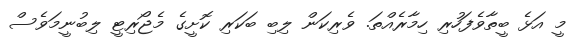
މީ އަޅެ ބީތާވެފަހުރި ހިމާރެއްތަ. ވެރިކަން ލިބި ބަކަރި ކޮށީގެ މެޖޯރިޓީ ލިބުނީމަވެސް